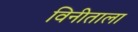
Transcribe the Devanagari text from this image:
विनीताला